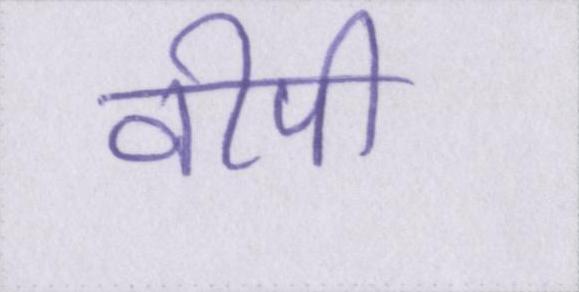
वीपी